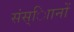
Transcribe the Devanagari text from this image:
संस्ािानों